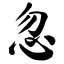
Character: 忽